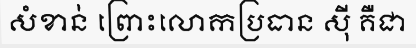
សំខាន់ ព្រោះលោកប្រធាន ស៊ី គឺជា